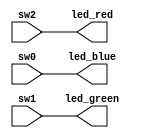
// Example of using 3 switches for setting the color of the RGB led
// Board: iCE40-UP5K
module rgb_test (
                 input sw2,
                 input sw1,
                 input sw0,
                 output led_blue,
                 output led_green,
                 output led_red);


assign led_red = sw2;
assign led_green = sw1;
assign led_blue = sw0;

endmodule